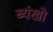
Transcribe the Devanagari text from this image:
ब्यंखो